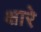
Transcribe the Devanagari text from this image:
क्षारे